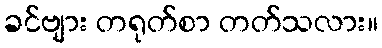
ခင်ဗျား တရုတ်စာ တတ်သလား။